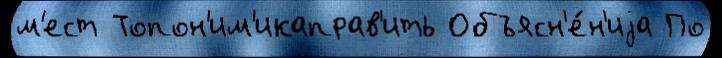
м'ест Топон'им'икаправ'ить Объясн'е́н'иjа По